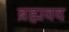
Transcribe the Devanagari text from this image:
ब्रह्मवद